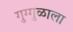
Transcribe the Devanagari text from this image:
गुग्गुळाला